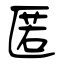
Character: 匿